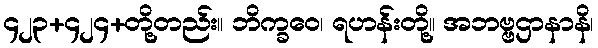
၄၂၃+၄၂၄+တို့တည်း။ ဘိက္ခဝေ၊ ရဟန်းတို့။ အဘဗ္ဗဌာနာနိ၊